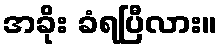
အခိုး ခံရပြီလား။